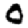
Digit: 0